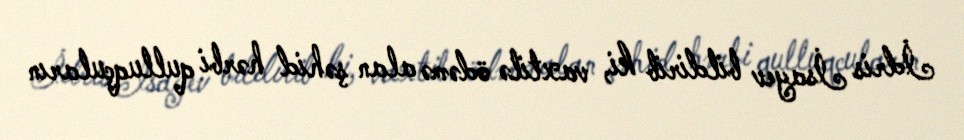
İdris İsayev bildirib ki, vaxtilə ödəmə alan şəhid hərbi qulluqçuların